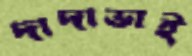
দাদাভাই